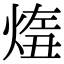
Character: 𤋨